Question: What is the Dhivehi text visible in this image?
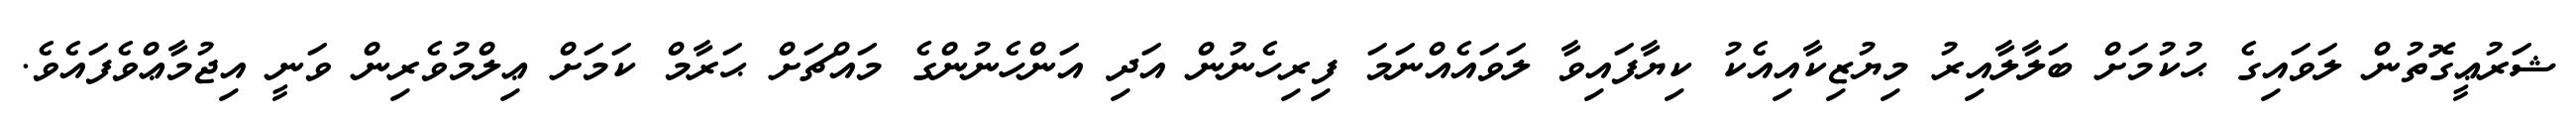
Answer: ޝަރުޢީގޮތުން ލަވައިގެ ޙުކުމަށް ބަލާލާއިރު މިޔުޒިކާއިއެކު ކިޔާފައިވާ ލަވައެއްނަމަ ފިރިހެނުން އަދި އަންހެނުންގެ މައްޗަށް ޙަރާމް ކަމަށް ޢިލްމުވެރިން ވަނީ އިޖުމާޢްވެފައެވެ.